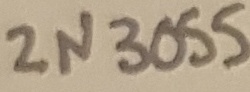
Text: 2N3055